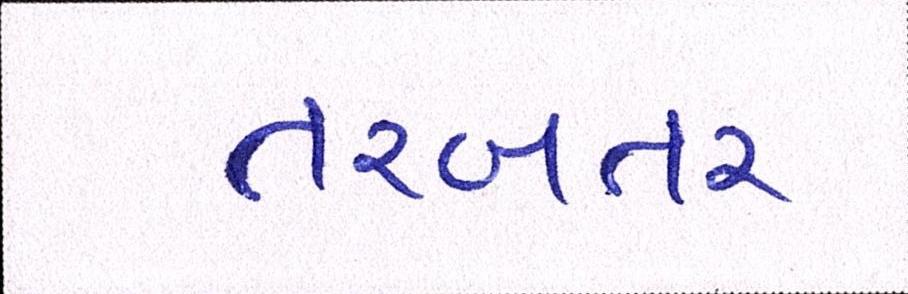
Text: તરબતર